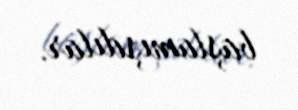
başlamışdılar.